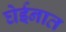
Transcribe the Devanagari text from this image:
घेईनात